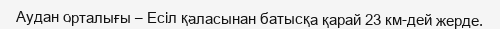
Аудан орталығы – Есіл қаласынан батысқа қарай 23 км-дей жерде.